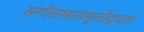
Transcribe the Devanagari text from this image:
संगीतसारामृतोद्धार